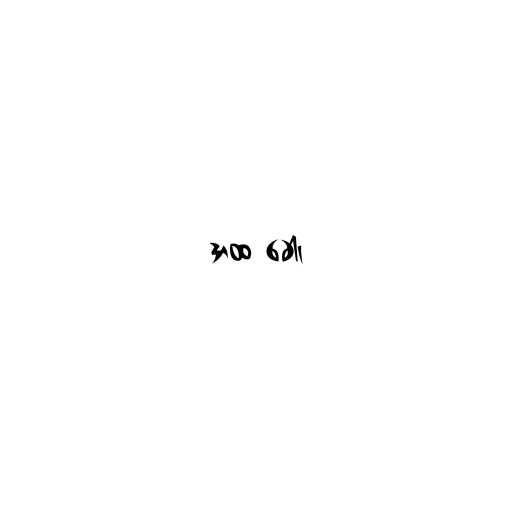
အထ ခေါ၊